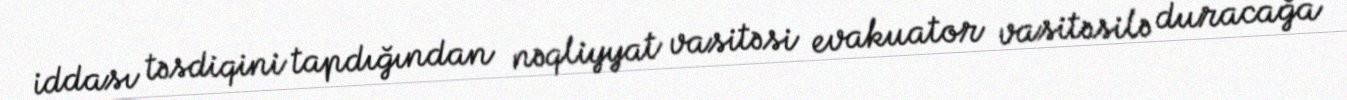
iddası təsdiqini tapdığından nəqliyyat vasitəsi evakuator vasitəsilə duracağa